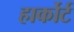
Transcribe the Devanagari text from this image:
हार्कोर्ट